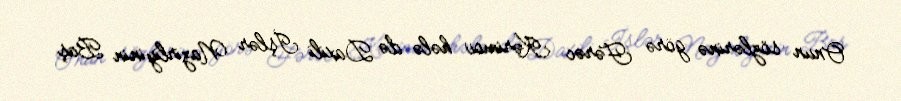
Onun sözlərinə görə Fərəc Kərimov hələ də Daxili İşlər Nazirliyinin Baş